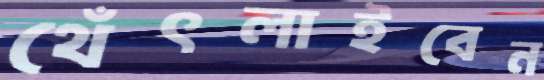
থেঁৎলাইবেন